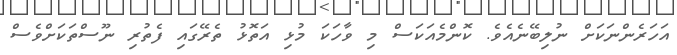
އަހަރެންނަކަށް ނުލިބޭނެއެވެ. ކޮންމެއަކަސް މި ވާހަކަ މުޅި އަތޮޅު ތެރޭގައި ފެތުރި ނޫސްތަަކަށްވެސް